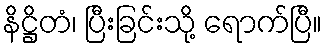
နိဋ္ဌိတံ၊ ပြီးခြင်းသို့ ရောက်ပြီ။